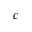
c